Document type: Sale
Year: 1423
Scribe: Joan Franc
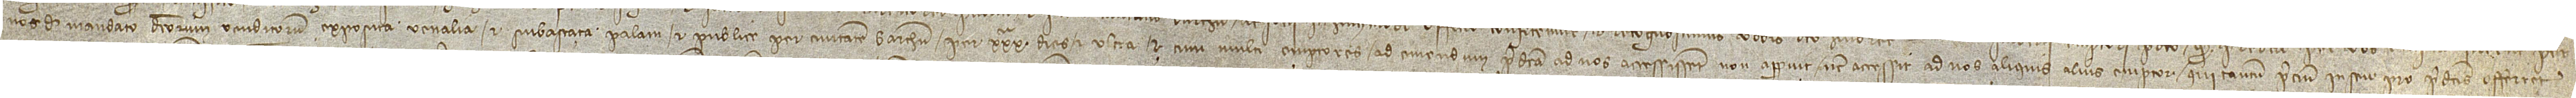
nos de mandato dictorum venditorum exposita venalia et subastata palam et publice per civitatem Barchinone per XXXª dies et ultra; et cum multi emptores ad emendum predicta ad nos accessissent, non apparuit nec accessit ad nos aliquis alius emptor qui tantum precium in seu pro predictis offerret